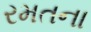
રમતના